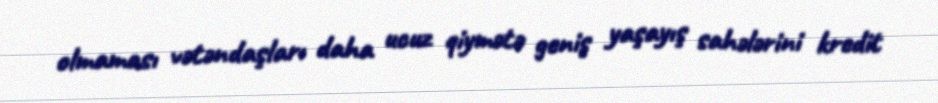
olmaması vətəndaşları daha ucuz qiymətə geniş yaşayış sahələrini kredit